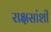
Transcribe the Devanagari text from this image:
राक्षसांशी